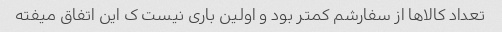
تعداد کالاها از سفارشم کمتر بود و اولین باری نیست ک این اتفاق میفته